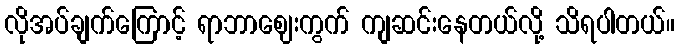
လိုအပ်ချက်ကြောင့် ရာဘာဈေးကွက် ကျဆင်းနေတယ်လို့ သိရပါတယ်။